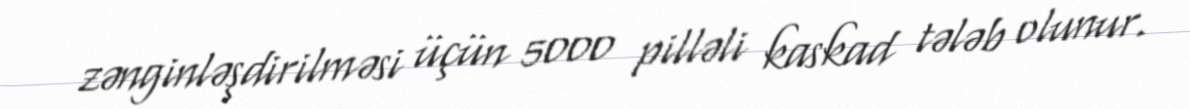
zənginləşdirilməsi üçün 5000 pilləli kaskad tələb olunur.